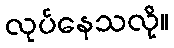
လုပ်နေသလို။